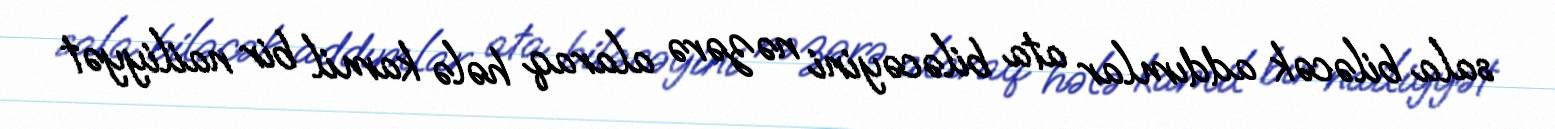
sala biləcək addımlar ata biləcəyini nəzərə alaraq hələ kamil bir nailiyyət